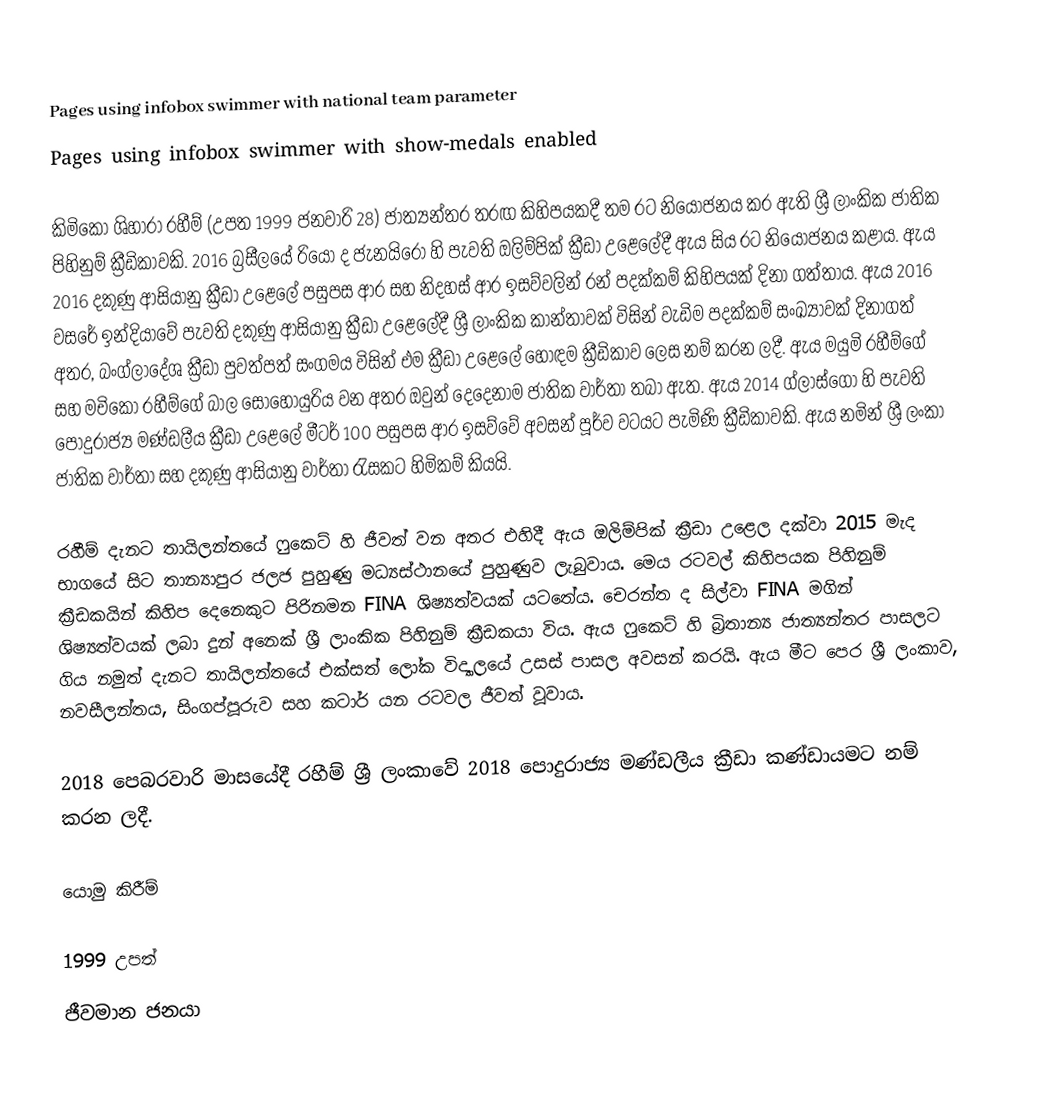
Pages using infobox swimmer with national team parameter
Pages using infobox swimmer with show-medals enabled

කිමිකෝ ශිහාරා රහීම් (උපත 1999 ජනවාරි 28) ජාත්‍යන්තර තරඟ කිහිපයකදී තම රට නියෝජනය කර ඇති ශ්‍රී ලාංකික ජාතික පිහිනුම් ක්‍රීඩිකාවකි. 2016 බ්‍රසීලයේ රියෝ ද ජැනයිරෝ හි පැවති ඔලිම්පික් ක්‍රීඩා උළෙලේදී ඇය සිය රට නියෝජනය කළාය. ඇය 2016 දකුණු ආසියානු ක්‍රීඩා උළෙලේ පසුපස ආර සහ නිදහස් ආර ඉසව්වලින් රන් පදක්කම් කිහිපයක් දිනා ගත්තාය.  ඇය 2016 වසරේ ඉන්දියාවේ පැවති දකුණු ආසියානු ක්‍රීඩා උළෙලේදී ශ්‍රී ලාංකික කාන්තාවක් විසින් වැඩිම පදක්කම් සංඛ්‍යාවක් දිනාගත් අතර, බංග්ලාදේශ ක්‍රීඩා පුවත්පත් සංගමය විසින් එම ක්‍රීඩා උළෙලේ හොඳම ක්‍රීඩිකාව ලෙස නම් කරන ලදී.  ඇය මයුමි රහීම්ගේ සහ මචිකෝ රහීම්ගේ බාල සොහොයුරිය වන අතර ඔවුන් දෙදෙනාම ජාතික වාර්තා තබා ඇත. ඇය 2014 ග්ලාස්ගෝ හි පැවති පොදුරාජ්‍ය මණ්ඩලීය ක්‍රීඩා උළෙලේ මීටර් 100 පසුපස ආර ඉසව්වේ අවසන් පූර්ව වටයට පැමිණි ක්‍රීඩිකාවකි.  ඇය නමින් ශ්‍රී ලංකා ජාතික වාර්තා සහ දකුණු ආසියානු වාර්තා රැසකට හිමිකම් කියයි.

රහීම් දැනට තායිලන්තයේ ෆුකෙට් හි ජීවත් වන අතර එහිදී ඇය ඔලිම්පික් ක්‍රීඩා උළෙල දක්වා 2015 මැද භාගයේ සිට තාන්‍යාපුර ජලජ පුහුණු මධ්‍යස්ථානයේ පුහුණුව ලැබුවාය. මෙය රටවල් කිහිපයක පිහිනුම් ක්‍රීඩකයින් කිහිප දෙනෙකුට පිරිනමන FINA ශිෂ්‍යත්වයක් යටතේය. චෙරන්ත ද සිල්වා FINA මගින් ශිෂ්‍යත්වයක් ලබා දුන් අනෙක් ශ්‍රී ලාංකික පිහිනුම් ක්‍රීඩකයා විය. ඇය ෆුකෙට් හි බ්‍රිතාන්‍ය ජාත්‍යන්තර පාසලට ගිය නමුත් දැනට තායිලන්තයේ එක්සත් ලෝක විද්‍යාලයේ උසස් පාසල අවසන් කරයි. ඇය මීට පෙර ශ්‍රී ලංකාව, නවසීලන්තය, සිංගප්පූරුව සහ කටාර් යන රටවල ජීවත් වූවාය.

2018 පෙබරවාරි මාසයේදී රහීම් ශ්‍රී ලංකාවේ 2018 පොදුරාජ්‍ය මණ්ඩලීය ක්‍රීඩා කණ්ඩායමට නම් කරන ලදී.

යොමු කිරීම්

1999 උපත්
ජීවමාන ජනයා